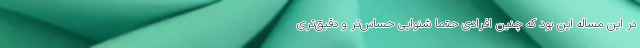
در این مساله این بود که چنین افرادی حتما شنوایی حساس‌تر و دقیق‌تری